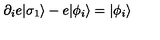
\partial _ { i } e | \sigma _ { 1 } \rangle - e | \phi _ { i } \rangle = | \phi _ { i } \rangle \,